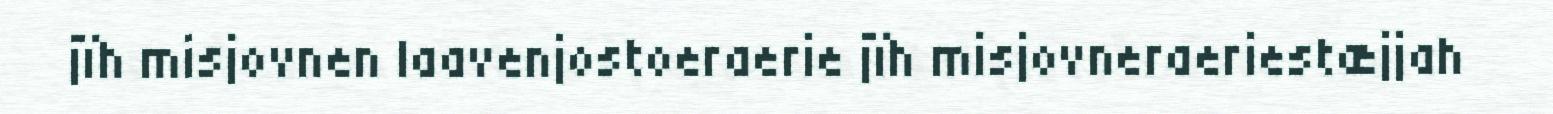
jïh misjovnen laavenjostoeraerie jïh misjovneraeriestæjjah